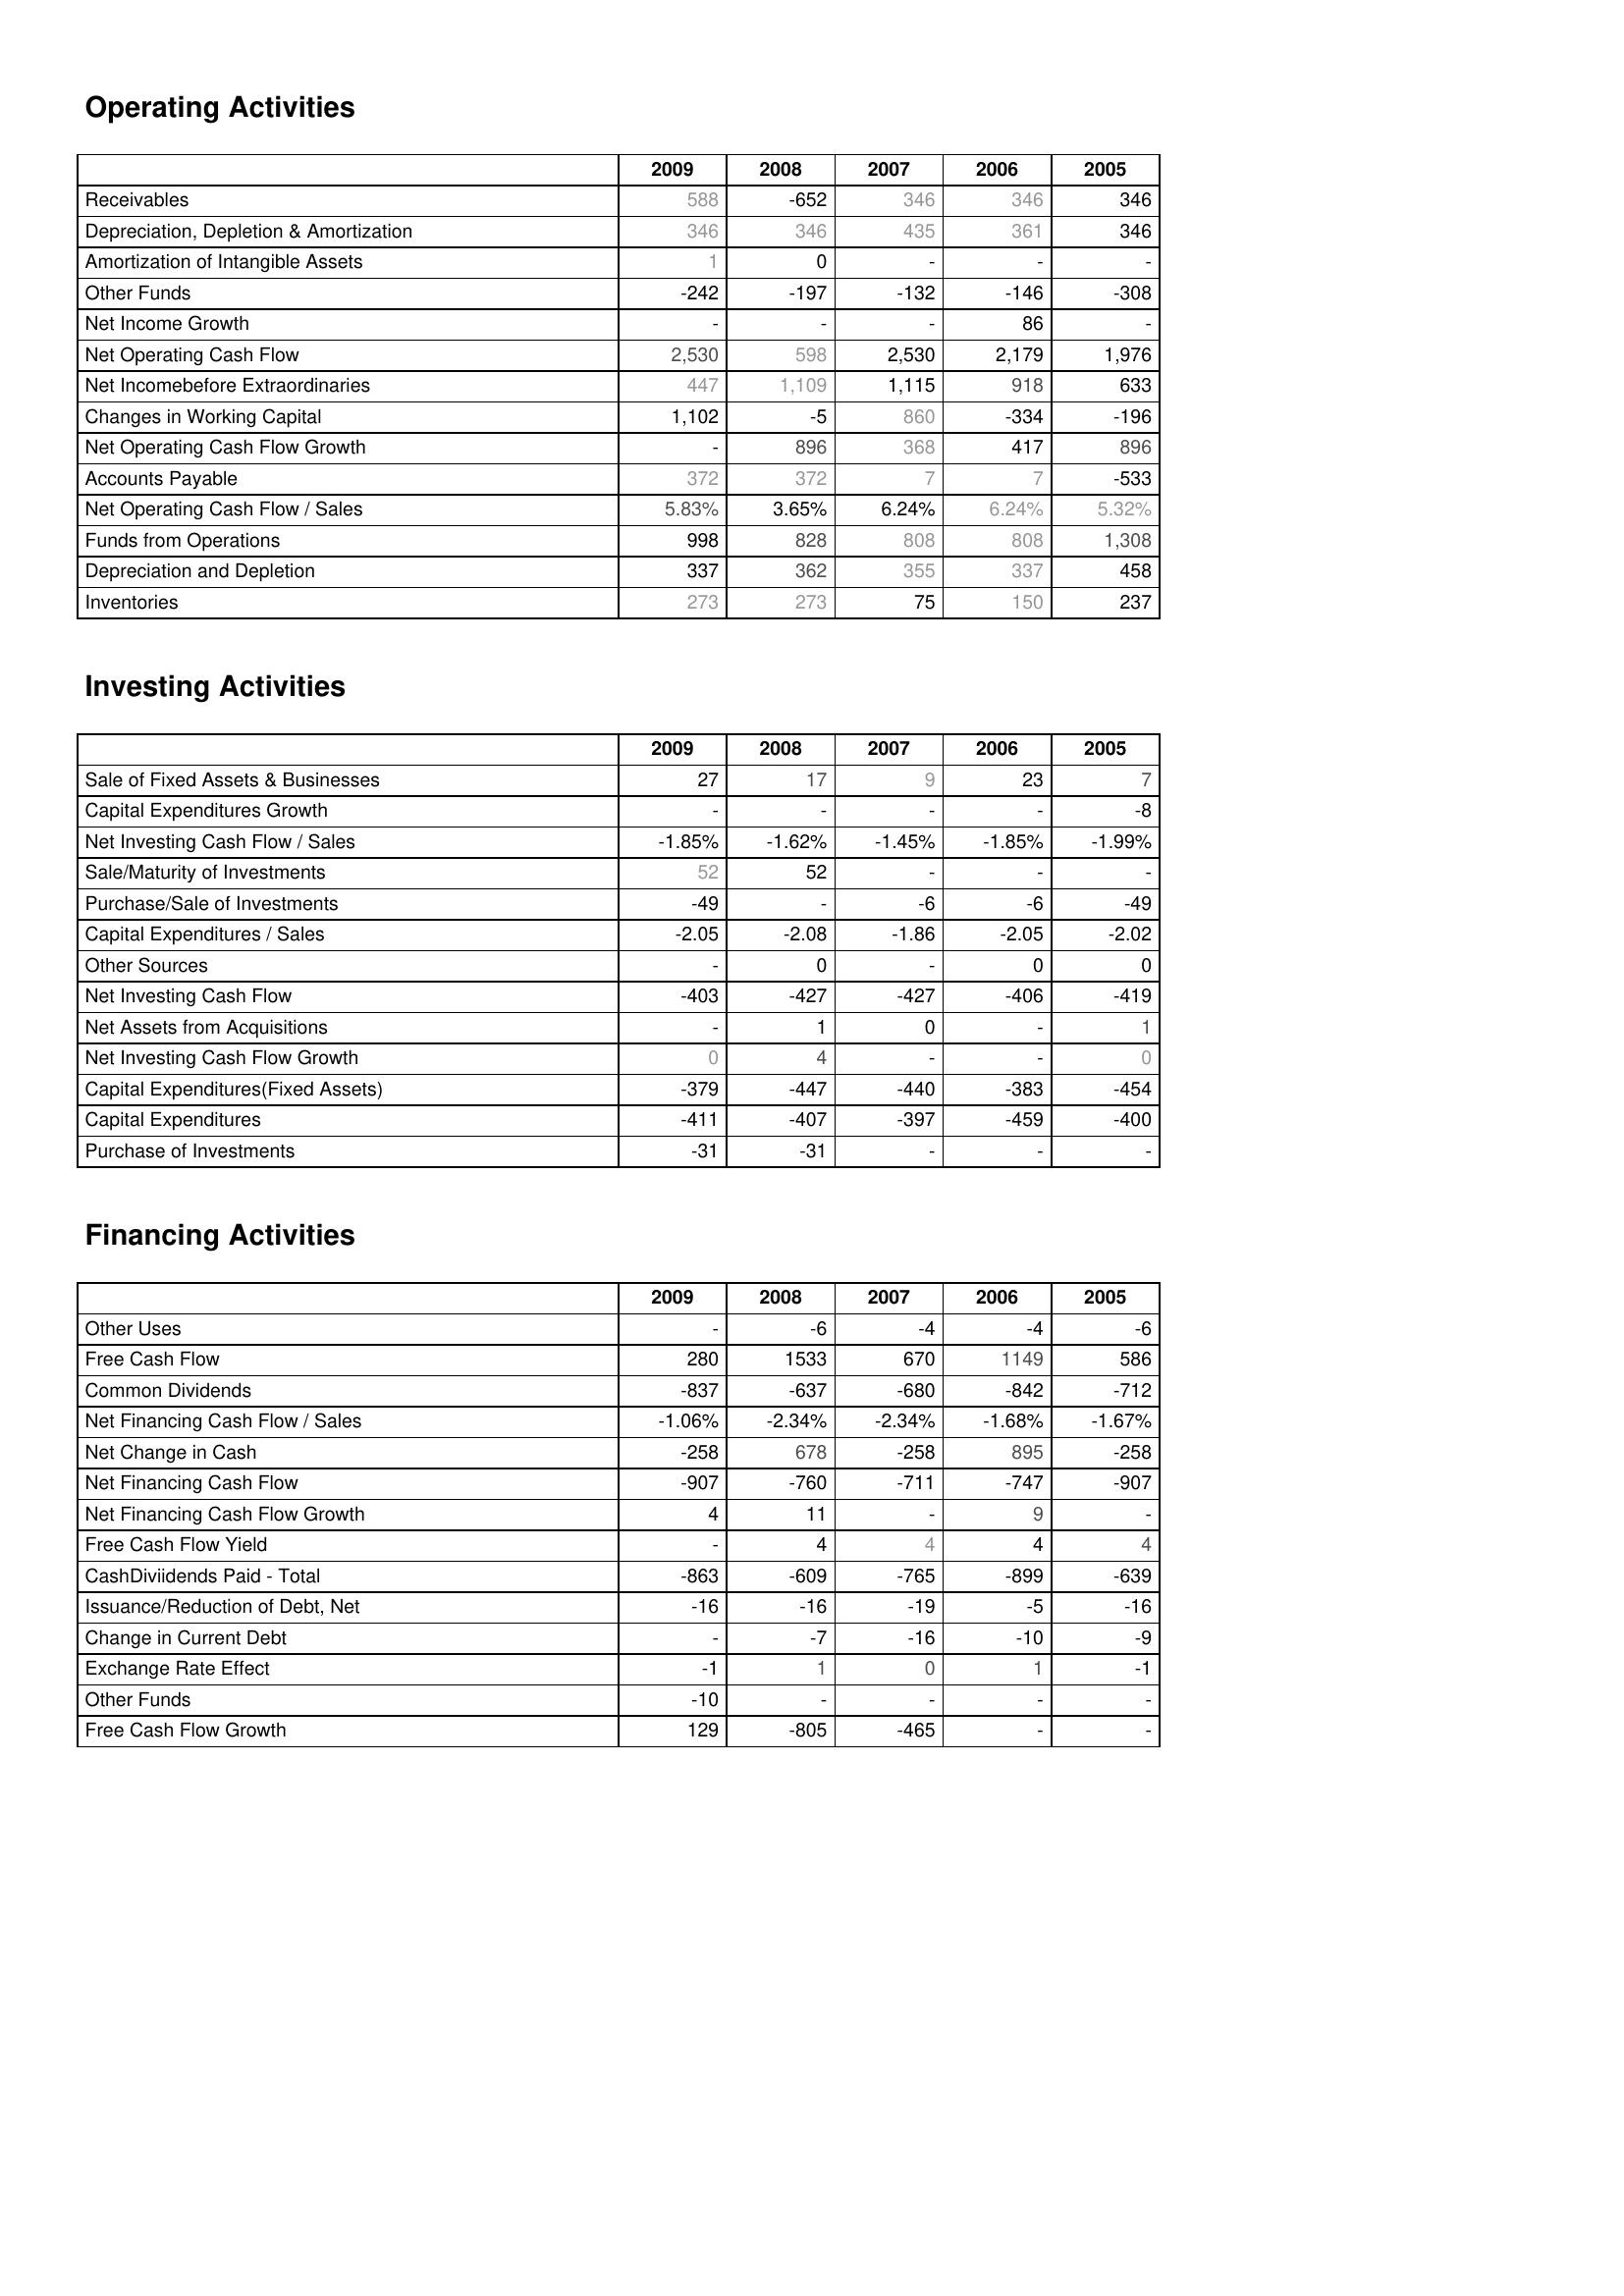
2009: Operating Activities: Receivables: 588
Depreciation, Depletion & Amortization: 346
Amortization of Intangible Assets: 1
Other Funds: -242
Net Income Growth: -
Net Operating Cash Flow: 2,530
Net Incomebefore Extraordinaries: 447
Changes in Working Capital: 1,102
Net Operating Cash Flow Growth: -
Accounts Payable: 372
Net Operating Cash Flow / Sales: 5.83%
Funds from Operations: 998
Depreciation and Depletion: 337
Inventories: 273
Investing Activities: Sale of Fixed Assets & Businesses: 27
Capital Expenditures Growth: -
Net Investing Cash Flow / Sales: -1.85%
Sale/Maturity of Investments: 52
Purchase/Sale of Investments: -49
Capital Expenditures / Sales: -2.05
Other Sources: -
Net Investing Cash Flow: -403
Net Assets from Acquisitions: -
Net Investing Cash Flow Growth: 0
Capital Expenditures(Fixed Assets): -379
Capital Expenditures: -411
Purchase of Investments: -31
Financing Activities: Other Uses: -
Free Cash Flow: 280
Common Dividends: -837
Net Financing Cash Flow / Sales: -1.06%
Net Change in Cash: -258
Net Financing Cash Flow: -907
Net Financing Cash Flow Growth: 4
Free Cash Flow Yield: -
CashDiviidends Paid - Total: -863
Issuance/Reduction of Debt, Net: -16
Change in Current Debt: -
Exchange Rate Effect: -1
Other Funds: -10
Free Cash Flow Growth: 129
2008: Operating Activities: Receivables: -652
Depreciation, Depletion & Amortization: 346
Amortization of Intangible Assets: 0
Other Funds: -197
Net Income Growth: -
Net Operating Cash Flow: 598
Net Incomebefore Extraordinaries: 1,109
Changes in Working Capital: -5
Net Operating Cash Flow Growth: 896
Accounts Payable: 372
Net Operating Cash Flow / Sales: 3.65%
Funds from Operations: 828
Depreciation and Depletion: 362
Inventories: 273
Investing Activities: Sale of Fixed Assets & Businesses: 17
Capital Expenditures Growth: -
Net Investing Cash Flow / Sales: -1.62%
Sale/Maturity of Investments: 52
Purchase/Sale of Investments: -
Capital Expenditures / Sales: -2.08
Other Sources: 0
Net Investing Cash Flow: -427
Net Assets from Acquisitions: 1
Net Investing Cash Flow Growth: 4
Capital Expenditures(Fixed Assets): -447
Capital Expenditures: -407
Purchase of Investments: -31
Financing Activities: Other Uses: -6
Free Cash Flow: 1533
Common Dividends: -637
Net Financing Cash Flow / Sales: -2.34%
Net Change in Cash: 678
Net Financing Cash Flow: -760
Net Financing Cash Flow Growth: 11
Free Cash Flow Yield: 4
CashDiviidends Paid - Total: -609
Issuance/Reduction of Debt, Net: -16
Change in Current Debt: -7
Exchange Rate Effect: 1
Other Funds: -
Free Cash Flow Growth: -805
2007: Operating Activities: Receivables: 346
Depreciation, Depletion & Amortization: 435
Amortization of Intangible Assets: -
Other Funds: -132
Net Income Growth: -
Net Operating Cash Flow: 2,530
Net Incomebefore Extraordinaries: 1,115
Changes in Working Capital: 860
Net Operating Cash Flow Growth: 368
Accounts Payable: 7
Net Operating Cash Flow / Sales: 6.24%
Funds from Operations: 808
Depreciation and Depletion: 355
Inventories: 75
Investing Activities: Sale of Fixed Assets & Businesses: 9
Capital Expenditures Growth: -
Net Investing Cash Flow / Sales: -1.45%
Sale/Maturity of Investments: -
Purchase/Sale of Investments: -6
Capital Expenditures / Sales: -1.86
Other Sources: -
Net Investing Cash Flow: -427
Net Assets from Acquisitions: 0
Net Investing Cash Flow Growth: -
Capital Expenditures(Fixed Assets): -440
Capital Expenditures: -397
Purchase of Investments: -
Financing Activities: Other Uses: -4
Free Cash Flow: 670
Common Dividends: -680
Net Financing Cash Flow / Sales: -2.34%
Net Change in Cash: -258
Net Financing Cash Flow: -711
Net Financing Cash Flow Growth: -
Free Cash Flow Yield: 4
CashDiviidends Paid - Total: -765
Issuance/Reduction of Debt, Net: -19
Change in Current Debt: -16
Exchange Rate Effect: 0
Other Funds: -
Free Cash Flow Growth: -465
2006: Operating Activities: Receivables: 346
Depreciation, Depletion & Amortization: 361
Amortization of Intangible Assets: -
Other Funds: -146
Net Income Growth: 86
Net Operating Cash Flow: 2,179
Net Incomebefore Extraordinaries: 918
Changes in Working Capital: -334
Net Operating Cash Flow Growth: 417
Accounts Payable: 7
Net Operating Cash Flow / Sales: 6.24%
Funds from Operations: 808
Depreciation and Depletion: 337
Inventories: 150
Investing Activities: Sale of Fixed Assets & Businesses: 23
Capital Expenditures Growth: -
Net Investing Cash Flow / Sales: -1.85%
Sale/Maturity of Investments: -
Purchase/Sale of Investments: -6
Capital Expenditures / Sales: -2.05
Other Sources: 0
Net Investing Cash Flow: -406
Net Assets from Acquisitions: -
Net Investing Cash Flow Growth: -
Capital Expenditures(Fixed Assets): -383
Capital Expenditures: -459
Purchase of Investments: -
Financing Activities: Other Uses: -4
Free Cash Flow: 1149
Common Dividends: -842
Net Financing Cash Flow / Sales: -1.68%
Net Change in Cash: 895
Net Financing Cash Flow: -747
Net Financing Cash Flow Growth: 9
Free Cash Flow Yield: 4
CashDiviidends Paid - Total: -899
Issuance/Reduction of Debt, Net: -5
Change in Current Debt: -10
Exchange Rate Effect: 1
Other Funds: -
Free Cash Flow Growth: -
2005: Operating Activities: Receivables: 346
Depreciation, Depletion & Amortization: 346
Amortization of Intangible Assets: -
Other Funds: -308
Net Income Growth: -
Net Operating Cash Flow: 1,976
Net Incomebefore Extraordinaries: 633
Changes in Working Capital: -196
Net Operating Cash Flow Growth: 896
Accounts Payable: -533
Net Operating Cash Flow / Sales: 5.32%
Funds from Operations: 1,308
Depreciation and Depletion: 458
Inventories: 237
Investing Activities: Sale of Fixed Assets & Businesses: 7
Capital Expenditures Growth: -8
Net Investing Cash Flow / Sales: -1.99%
Sale/Maturity of Investments: -
Purchase/Sale of Investments: -49
Capital Expenditures / Sales: -2.02
Other Sources: 0
Net Investing Cash Flow: -419
Net Assets from Acquisitions: 1
Net Investing Cash Flow Growth: 0
Capital Expenditures(Fixed Assets): -454
Capital Expenditures: -400
Purchase of Investments: -
Financing Activities: Other Uses: -6
Free Cash Flow: 586
Common Dividends: -712
Net Financing Cash Flow / Sales: -1.67%
Net Change in Cash: -258
Net Financing Cash Flow: -907
Net Financing Cash Flow Growth: -
Free Cash Flow Yield: 4
CashDiviidends Paid - Total: -639
Issuance/Reduction of Debt, Net: -16
Change in Current Debt: -9
Exchange Rate Effect: -1
Other Funds: -
Free Cash Flow Growth: -